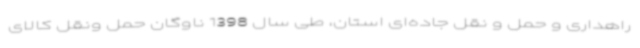
راهداری و حمل و نقل جاده‌ای استان، طی سال 1398 ناوگان حمل ونقل کالای